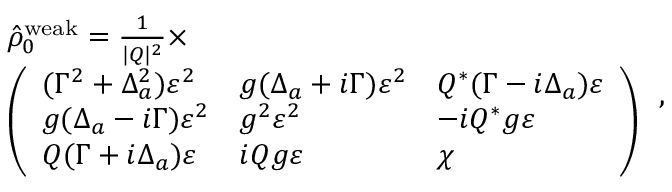
\begin{array} { r l } & { \hat { \rho } _ { 0 } ^ { \mathrm { w e a k } } = \frac { 1 } { | Q | ^ { 2 } } \times } \\ & { \left( \begin{array} { l l l } { ( \Gamma ^ { 2 } + \Delta _ { a } ^ { 2 } ) \varepsilon ^ { 2 } } & { g ( \Delta _ { a } + i \Gamma ) \varepsilon ^ { 2 } } & { Q ^ { * } ( \Gamma - i \Delta _ { a } ) \varepsilon } \\ { g ( \Delta _ { a } - i \Gamma ) \varepsilon ^ { 2 } } & { g ^ { 2 } \varepsilon ^ { 2 } } & { - i Q ^ { * } g \varepsilon } \\ { Q ( \Gamma + i \Delta _ { a } ) \varepsilon } & { i Q g \varepsilon } & { \chi } \end{array} \right) } \end{array} \, ,